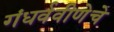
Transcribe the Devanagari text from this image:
गंधर्ववीणेचे